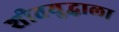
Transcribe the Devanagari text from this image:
शीतयुद्धाला